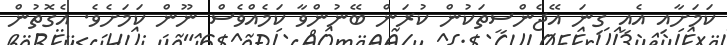
ކަމަށާއި އެއީ ގިނަ އޭޖެންސީތަކުން ކުރަން ބޭނުންވާ ކަމެއްވެސް ނޫން ކަމަށެވެ. އެގޮތުން